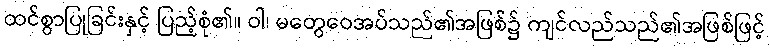
ထင်စွာပြုခြင်းနှင့် ပြည့်စုံ၏။ ဝါ၊ မတွေဝေအပ်သည်၏အဖြစ်၌ ကျင်လည်သည်၏အဖြစ်ဖြင့်